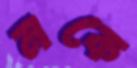
নকে